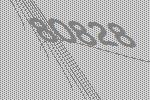
80828